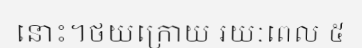
នោះ។ថយក្រោយ រយៈពេល ៥